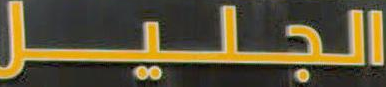
الجليل